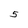
Character: 5